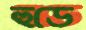
হুডে